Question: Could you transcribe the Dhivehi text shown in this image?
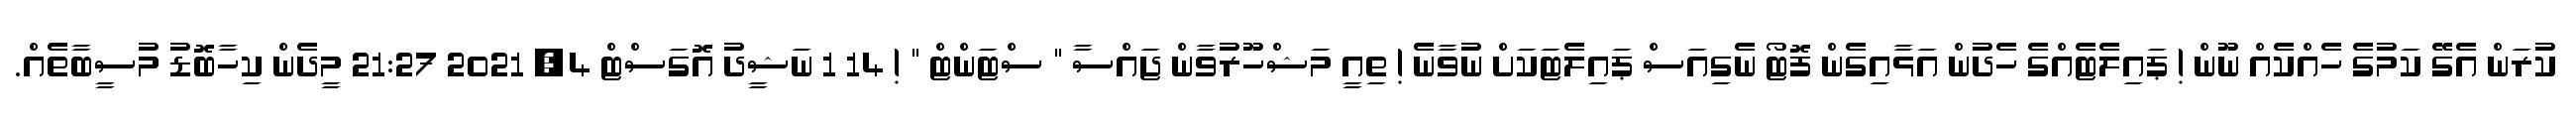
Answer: ކުރަން އެގޭ ކަމުގެ ހެއްކެއް ނޫން ! ޕައިލެޓެއްގެ ހެދުން އަޅާއިގެން ފޮޓޯ ނެގިއަސް ޕައިލެޓަކަށް ނުވާނެ ! ތިއީ މަޝްހޫރުވާން ޖައްސާ " ސްޓަންޓް " ! 14 1 ނަޝީދު އޮގަސްޓް 4, 2021 21:27 މީދެން ކިހާބޮޑު މުސީބާތެއް.